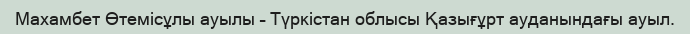
Махамбет Өтемісұлы ауылы – Түркістан облысы Қазығұрт ауданындағы ауыл.